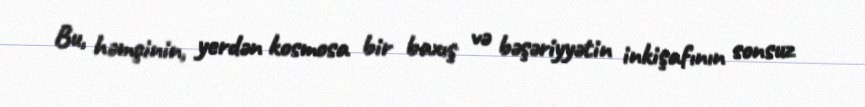
Bu, həmçinin, yerdən kosmosa bir baxış və bəşəriyyətin inkişafının sonsuz